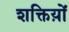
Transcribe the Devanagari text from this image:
शक्तिय़ों